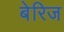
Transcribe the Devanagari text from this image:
बेरिज